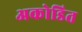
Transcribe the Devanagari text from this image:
अकोडित